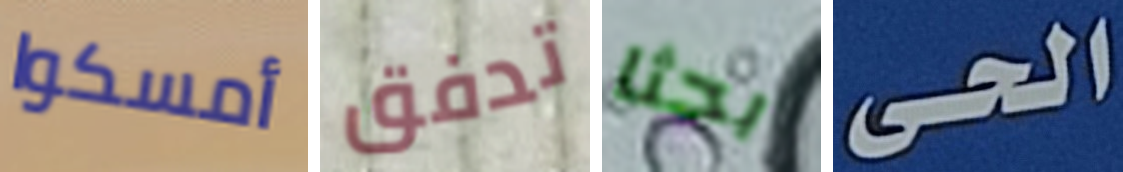
أمسكوا تدفق بحثا الحى